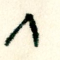
٨